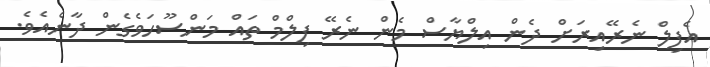
އެފިލް ނެރޭއިރަށް ދެން އިލްޔާސް މެން ނެރޭ ފިލްމް ތައް މަންސޫހަވެގެން ދާނެއެވެ.